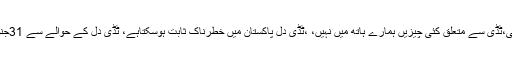
وزیراعظم نے ٹڈی دل کے معاملے پر بات کرتے ہوئے کہا کہ پوری قوم مل کرٹڈی دل کامقابلہ کرے گی،ٹڈی سے متعلق کئی چیزیں ہمارے ہاتھ میں نہیں، ،ٹڈی دل پاکستان میں خطرناک ثابت ہوسکتاہے، ٹڈی دل کے حوالے سے 31جنوری سے ملک میں ایمرجنسی نافذہے،ٹڈیوں کے تدارک کیلئے این ڈی ایم اے کومکمل اختیارات دیے ہیں۔